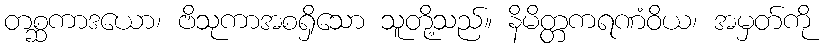
တစ္ဆကာဒယော၊ ဗိသုကာအစရှိသော သူတို့သည်။ နိမိတ္တကရဏံဝိယ၊ အမှတ်ကို